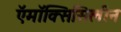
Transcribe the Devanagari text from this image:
ऍमॉक्सिसिलीन